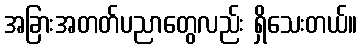
အခြားအတတ်ပညာတွေလည်း ရှိသေးတယ်။